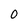
Character: O